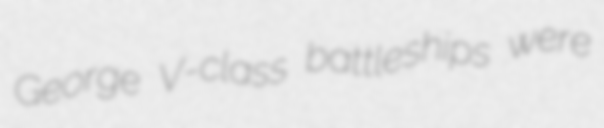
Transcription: George V-class battleships were